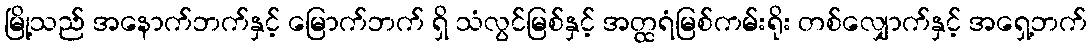
မြို့သည် အနောက်ဘက်နှင့် မြောက်ဘက် ရှိ သံလွင်မြစ်နှင့် အတ္ထရံမြစ်ကမ်းရိုး တစ်လျှောက်နှင့် အရှေ့ဘက်